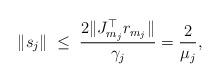
LaTeX: \begin{align*}\| s_j \| \; \leq \; \frac{2\|J_{m_j}^\top r_{m_j}\|}{\gamma_j} = \frac{2}{\mu_j},\end{align*}